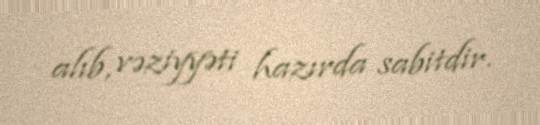
alıb, vəziyyəti hazırda sabitdir.